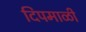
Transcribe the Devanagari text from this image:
दिपमाळी